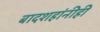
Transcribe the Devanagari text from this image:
बादशहांनीही